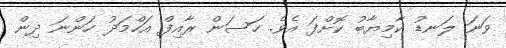
ވަނަ ލަނޑު ކާމިޔާބު ކޮށްފަ އެވެ. ހަސަން ރާއިފް އަހްމަދު ހަންނަ ދިން